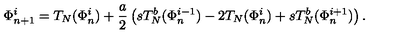
\Phi _ { n + 1 } ^ { i } = T _ { N } ( \Phi _ { n } ^ { i } ) + \frac { a } { 2 } \left( s T _ { N } ^ { b } ( \Phi _ { n } ^ { i - 1 } ) - 2 T _ { N } ( \Phi _ { n } ^ { i } ) + s T _ { N } ^ { b } ( \Phi _ { n } ^ { i + 1 } ) \right) .